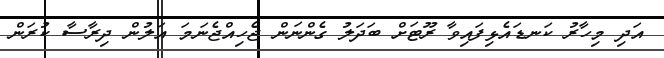
އަދި މިހާރު ކަނޑައެޅިފައިވާ ރޫޓަށް ބަދަލު ގެންނަން ޖެހިއްޖެނަމަ އަލުން ދިރާސާ ކުރަން